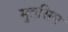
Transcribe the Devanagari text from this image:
मुतसिम